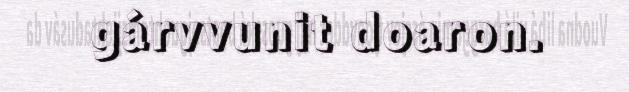
gárvvunit doaron.